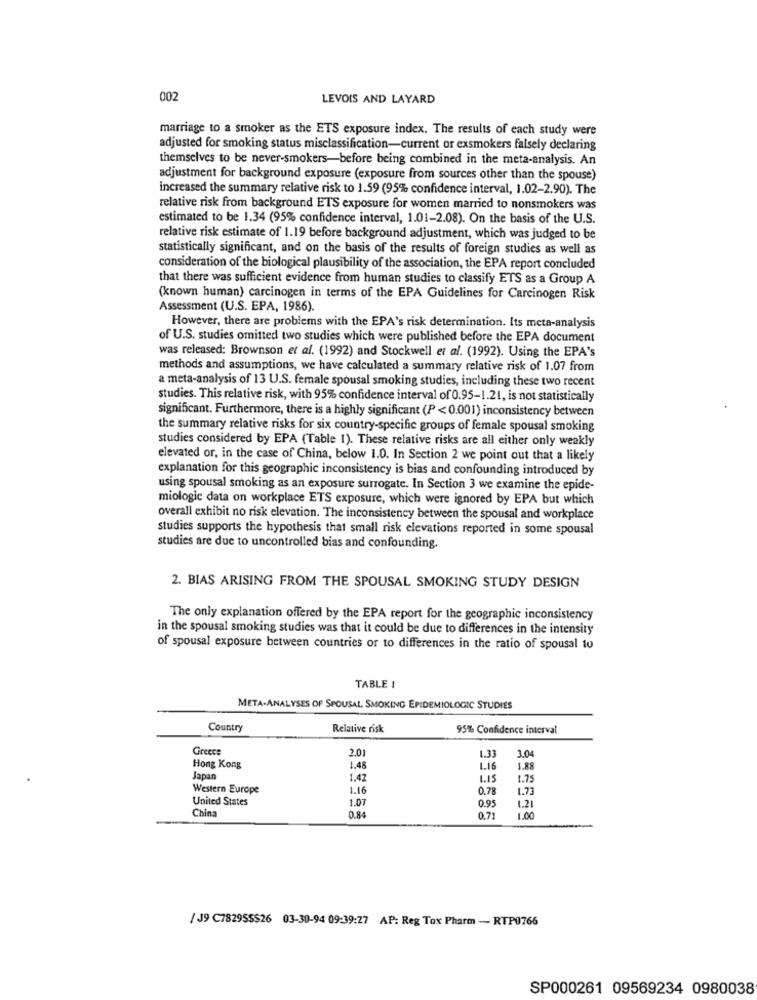
002
LEVOIS AND LAYARD
marriage to a smoker as the ETS exposure index. The results of each study were
adjusted for smoking status misclassification-current or exsmokers falsely declaring
themselves to be never-smokers-before being combined in the meta-analysis. An
adjustment for background exposure (exposure from sources other than the spouse)
increased the summary relative risk to 1.59 (95% confidence interval, 1.02-2.90). The
relative risk from background ETS exposure for women married to nonsmokers was
estimated to be 1.34 (95% confidence interval, 1.01-2.08). On the basis of the U.S.
relative risk estimate of 1.19 before background adjustment, which was judged to be
statistically significant, and on the basis of the results of foreign studies as well as
consideration of the biological plausibility of the association, the EPA report concluded
that there was sufficient evidence from human studies to classify ETS as a Group A
(known human) carcinogen in terms of the EPA Guidelines for Carcinogen Risk
Assessment (U.S. EPA, 1986).
However, there are problems with the EPA's risk determination. Its meta-analysis
of U.S. studies omitted two studies which were published before the EPA document
was released: Brownson et al. (1992) and Stockwell et al. (1992). Using the EPA's
methods and assumptions, we have calculated a summary relative risk of 1.07 from
a meta-analysis of 13 U.S. female spousal smoking studies, including these two recent
studies. This relative risk, with 95% confidence interval of 0.95-1.21, is not statistically
significant. Furthermore, there is a highly significant (P <0.001) inconsistency between
the summary relative risks for six country-specific groups of female spousal smoking
studies considered by EPA (Table 1). These relative risks are all either only weakly
elevated or, in the case of China, below 1.0. In Section 2 we point out that a likely
explanation for this geographic inconsistency is bias and confounding introduced by
using spousal smoking as an exposure surrogate. In Section 3 we examine the epide-
miologic data on workplace ETS exposure, which were ignored by EPA but which
overall exhibit no risk elevation. The inconsistency between the spousal and workplace
studies supports the hypothesis that small risk elevations reported in some spousal
studies are due to uncontrolled bias and confounding.
2. BIAS ARISING FROM THE SPOUSAL SMOKING STUDY DESIGN
The only explanation offered by the EPA report for the geographic inconsistency
in the spousal smoking studies was that it could be due to differences in the intensity
of spousal exposure between countries of to differences in the ratio of spousal to
TABLE 1
META-ANALYSES OF SPOUSAL. SMOKING EPIDEMIOLOGIC STUDIES
Country
Relative risk
95% Confidence interval
Greece
2.01
1.33
3.04
Hong Kong
1.48
1.16
1.88
Japan
1.42
1.15
1.75
Western Europe
1.16
0.78
1.73
United States
1.07
0.95
China
0.84
1.21
0.71
1.00
/ J9 C7829SSS26 03-30-94 09:39:27 AP: Reg Tox Pharm - RTP0766
SP000261 09569234 0980038